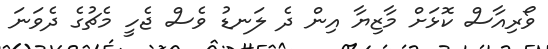
ވޯރިއާސް ކޮޅަށް މާޒިޔާ އިން ދެ ލަނޑު ވެސް ޖެހީ މެޗުގެ ދެވަނަ